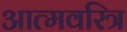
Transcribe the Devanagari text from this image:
आत्मवरित्र